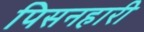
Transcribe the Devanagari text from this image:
पिसनहारी